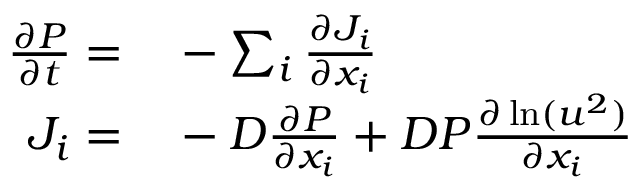
\begin{array} { r l } { \frac { \partial P } { \partial t } = } & { { } - \sum _ { i } \frac { \partial J _ { i } } { \partial x _ { i } } } \\ { J _ { i } = } & { { } - D \frac { \partial P } { \partial x _ { i } } + D P \frac { \partial \ln ( u ^ { 2 } ) } { \partial x _ { i } } } \end{array}